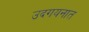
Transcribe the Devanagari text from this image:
उदगयनात